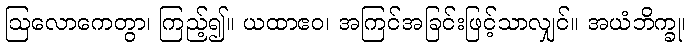
ဩလောကေတွာ၊ ကြည့်၍။ ယထာဧဝ၊ အကြင်အခြင်းဖြင့်သာလျှင်။ အယံဘိက္ခု၊